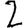
Digit: 2